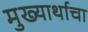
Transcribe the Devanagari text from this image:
मुख्यार्थाचा